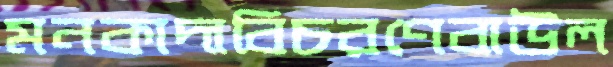
মনকাদাবিচরণেবাউল